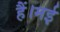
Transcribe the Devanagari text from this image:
हैं।मई